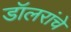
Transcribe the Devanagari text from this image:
डॉलरांचे